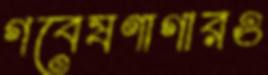
গবেষণাগারও